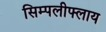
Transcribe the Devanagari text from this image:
सिम्पलीफ्लाय